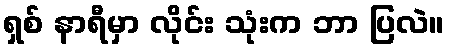
ရှစ် နာရီမှာ လိုင်း သုံးက ဘာ ပြလဲ။